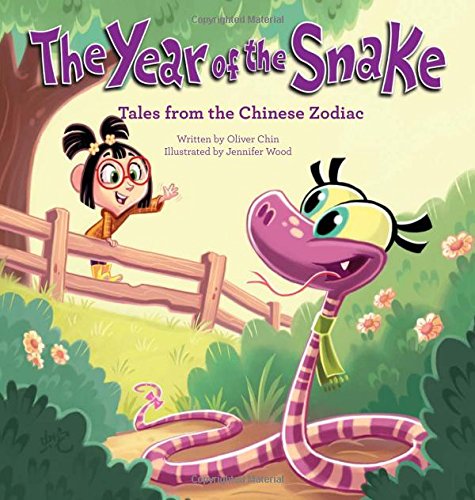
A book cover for The Year of the Snake: Tales from the Chinese Zodiac; Children's Books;